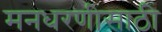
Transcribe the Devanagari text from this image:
मनधरणीसाठी